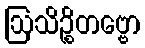
ဩသိဉ္စိတဗ္ဗော